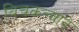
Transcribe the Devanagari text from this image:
बिचकल्याने